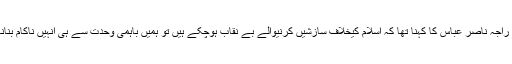
علامہ راجہ ناصر عباس کا کہنا تھا کہ اسلام کیخلاف سازشیں کرنیوالے بے نقاب ہوچکے ہیں تو ہمیں باہمی وحدت سے ہی انہیں ناکام بنانا ہوگا۔